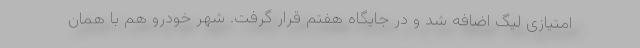
امتیازی لیگ اضافه شد و در جایگاه هفتم قرار گرفت. شهر خودرو هم با همان